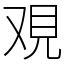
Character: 覌